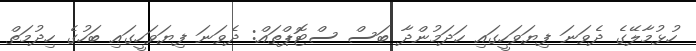
ހުޅުމާލޭގެ ދެވަނަ ފިޔަވަހީގައި ހަދަމުންދާ ބަސް ސްޓޮޕްތައް: ދެވަނަ ފިޔަވަހީގައި ބަހުގެ ހިދުމަތް